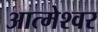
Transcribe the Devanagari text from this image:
आत्मेश्वर